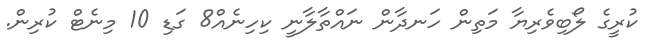
ކުރީގެ ލޯބިވެރިޔާ މަތިން ހަނދާން ނައްތާލާނީ ކިހިނެއް8 ގަޑި 10 މިނެޓް ކުރިން.